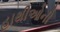
હાથીઓની